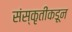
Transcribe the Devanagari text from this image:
संस्कृतींकडून